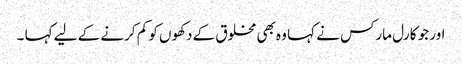
اور جو کارل مارکس نے کہا وہ بھی مخلوق کے دکھوں کو کم کرنے کے لیے کہا ۔